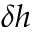
\delta h